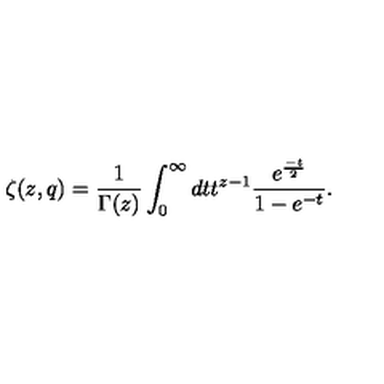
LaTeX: \zeta ( z , q ) = \frac { 1 } { \Gamma ( z ) } \int _ { 0 } ^ { \infty } d t t ^ { z - 1 } \frac { e ^ { \frac { - t } { 2 } } } { 1 - e ^ { - t } } .